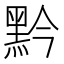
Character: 黔